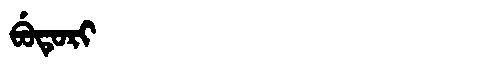
Manchu: ᠪᡠᡨᡠᡵᡳ
Romanization: BUTURI